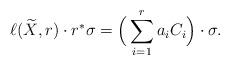
LaTeX: \begin{align*}\ell(\widetilde{X}, r) \cdot r^*\sigma = \Big(\sum_{i=1}^r a_iC_i \Big) \cdot \sigma.\end{align*}